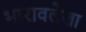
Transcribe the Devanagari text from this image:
भारावलेला